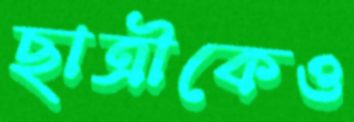
ছাত্রীকেও